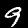
Digit: 9